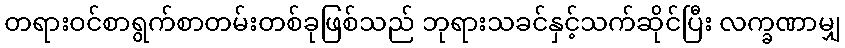
တရားဝင်စာရွက်စာတမ်းတစ်ခုဖြစ်သည် ဘုရားသခင်နှင့်သက်ဆိုင်ပြီး လက္ခဏာမျှ